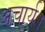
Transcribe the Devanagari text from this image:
अचार्य।